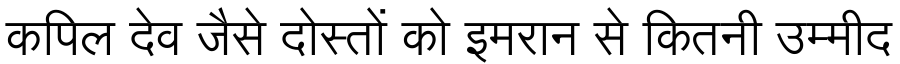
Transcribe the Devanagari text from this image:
कपिल देव जैसे दोस्तों को इमरान से कितनी उम्मीद